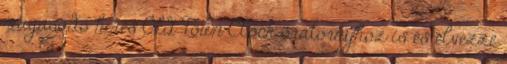
magasodó híres Old Town Clock óratornyhoz is és élvezze